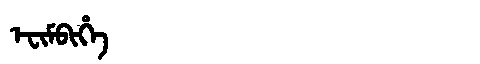
Manchu: ᡝᠸᡳᠮᠪᡳᡥᡝ
Romanization: EFIMBIHE